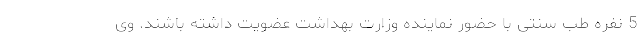
5 نفره طب سنتی با حضور نماینده وزارت بهداشت عضویت داشته باشند. وی